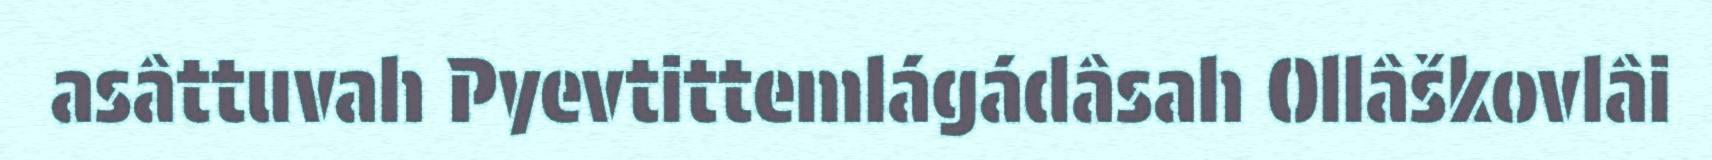
asâttuvah Pyevtittemlágádâsah Ollâškovlâi